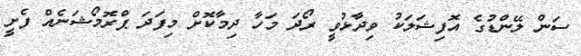
ސަން ލޭންޑުގެ އޮފިޝަލަކު ވިދާޅުވީ ރޯދަ މަހާ ދިމާކޮށް މިފަދަ ޕްރޮމޯޝަނެއް ފެށީ